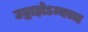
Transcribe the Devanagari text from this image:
उद्वाहोऽन्यच्च